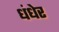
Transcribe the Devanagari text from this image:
धंधेर